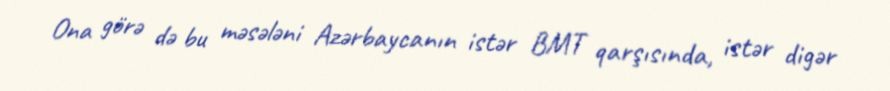
Ona görə də bu məsələni Azərbaycanın istər BMT qarşısında, istər digər